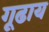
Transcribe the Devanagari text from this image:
गूढाय